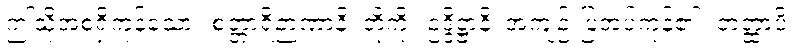
ဤသို့အစရှိကုန်သော။ စတ္တာရိဉာဏာနိ၊ တို့ကို။ ဥဒ္ဒိဋ္ဌာနိ၊ အကျဉ်းပြအပ်ကုန်၏။ တတ္ထာပိ၊